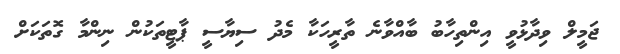
ޖަމީލް ވިދާޅުވީ އިންތިހާބު ބާއްވާނެ ތާރީހަކާ މެދު ސިޔާސީ ޕާޓީތަކުން ނިންމާ ގޮތަކަށް